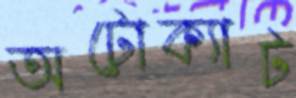
অটোক্যাট